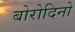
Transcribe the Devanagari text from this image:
बोरोदिनो